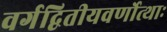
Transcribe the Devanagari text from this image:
वर्गद्वितीयवर्णोत्थाः